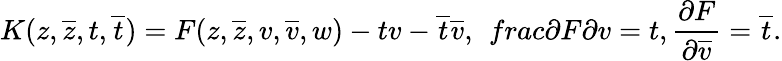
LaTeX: K(z,\overline{{{z}}},t,\overline{{{t}}})=F(z,\overline{{{z}}},v,\overline{{{v}}},w)-tv-\overline{{{t}}}\overline{{{v}}},\ \, frac{\partial F}{\partial v}=t,\frac{\partial F}{\partial\overline{{{v}}}}=\overline{{{t}}}.